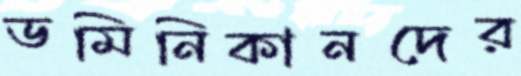
ডমিনিকানদের